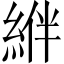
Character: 𦁂